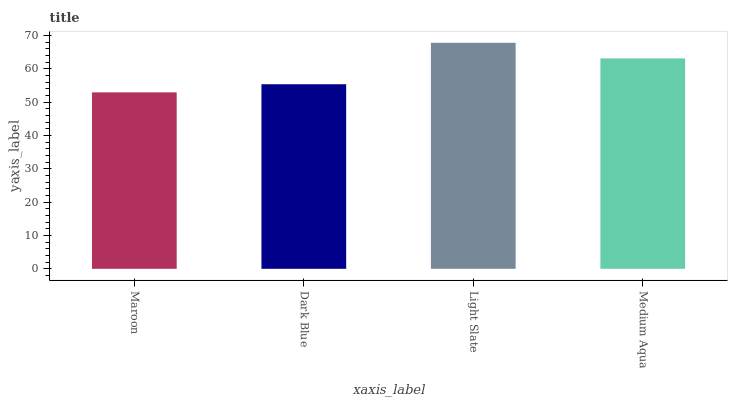
| xaxis_label | bars |
 | --- | --- |
 | Maroon | 52.9 |
 | Dark Blue | 55.4 |
 | Light Slate | 67.8 |
 | Medium Aqua | 63.1 |